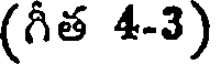
(గీత 4-3)